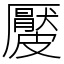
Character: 𥀬